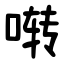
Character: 啭